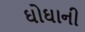
ઘોઘાની